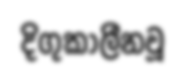
දිගුකාලීනවූ